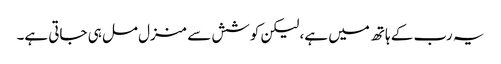
یہ رب کے ہاتھ میں ہے، لیکن کوشش سے منزل مل ہی جاتی ہے۔